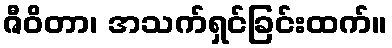
ဇီဝိတာ၊ အသက်ရှင်ခြင်းထက်။